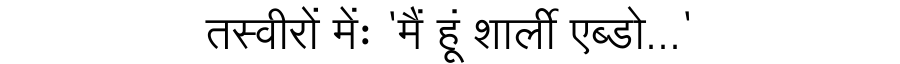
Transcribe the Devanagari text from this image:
तस्वीरों मेंः 'मैं हूं शार्ली एब्डो...'